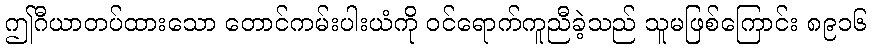
ဤဂီယာတပ်ထားသော တောင်ကမ်းပါးယံကို ဝင်ရောက်ကူညီခဲ့သည် သူမဖြစ်ကြောင်း ၈၉၁၆